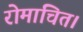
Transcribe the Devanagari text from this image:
रोमांचित।